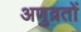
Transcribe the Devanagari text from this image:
अणुव्रतों